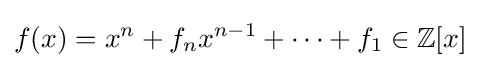
f(x)=x^{n}+f_{n}x^{n-1}+\cdots +f_{1}\in \mathbb {Z} [x]